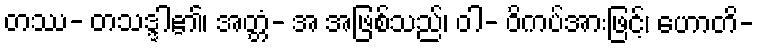
တဿ- တသဒ္ဒါ၏၊ အတ္တံ- အ အဖြစ်သည်၊ ဝါ- ဝိကပ်အားဖြင့်၊ ဟောတိ-